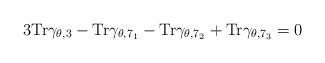
LaTeX: \begin{align*}3 {\rm Tr}\gamma_{\theta,3}-{\rm Tr}\gamma_{\theta,7_1}-{\rm Tr}\gamma_{\theta,7_2}+{\rm Tr}\gamma_{\theta,7_3}=0\end{align*}